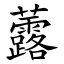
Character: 虂